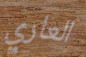
العاري